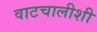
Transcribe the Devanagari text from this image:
वाटचालीशी